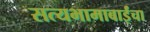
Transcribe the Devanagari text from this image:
सत्यभामाबाईंचा